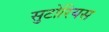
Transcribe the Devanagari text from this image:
सुटोरियस